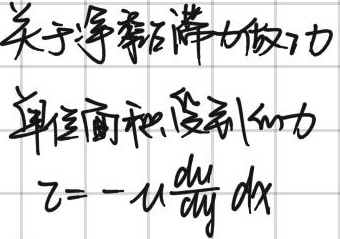
关于净黏滞力做功，单位面积受到的力\(\tau = -\mu\frac{du}{dy} \mathrm{d}x\)